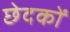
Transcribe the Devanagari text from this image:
छेदकों